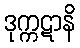
ဒုက္ကဋာနိ